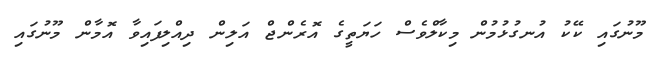
މޫނުގައި ކޭކު އުނގުޅުމުން މިކާލްވެސް ހަޔަތީގެ އޮރެންޖް އަލިން ދިއްލިފައިވާ އޮމާން މޫނުގައި